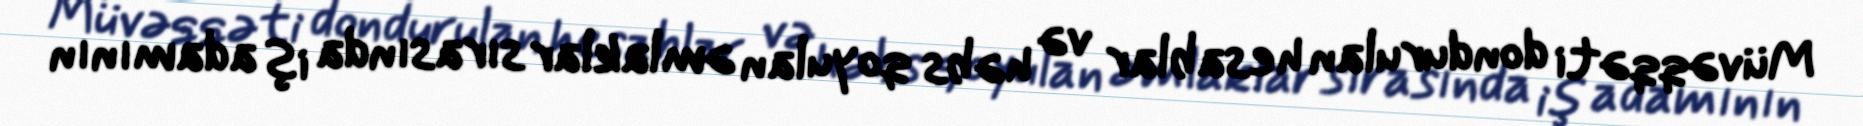
Müvəqqəti dondurulan hesablar və həbs qoyulan əmlaklar sırasında iş adamının